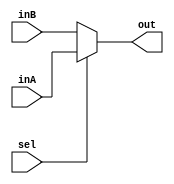
`timescale 1ns / 1ps

module Mux5Bit2To1(out, inA, inB, sel);

    output reg [4:0] out;
    
    input [4:0] inA;
    input [4:0] inB;
    input sel;

    always @ (sel, inA, inB) begin
        if (sel == 1) begin
            out <= inA;
        end
        else begin
            out <= inB;
        end
    end
   

endmodule